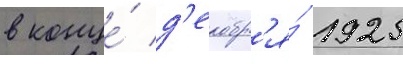
в конце́ д'екабр'я́ 1925